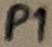
Text: P1